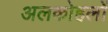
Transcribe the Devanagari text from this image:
अलकोहलों